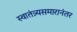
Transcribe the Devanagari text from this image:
स्वातंत्र्यसमारानंतर